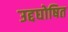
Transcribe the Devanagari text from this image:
उद्दघोषित